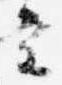
条